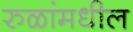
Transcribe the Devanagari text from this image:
रुळांमधील